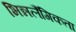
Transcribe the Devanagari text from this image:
भिन्नलैंगिकता